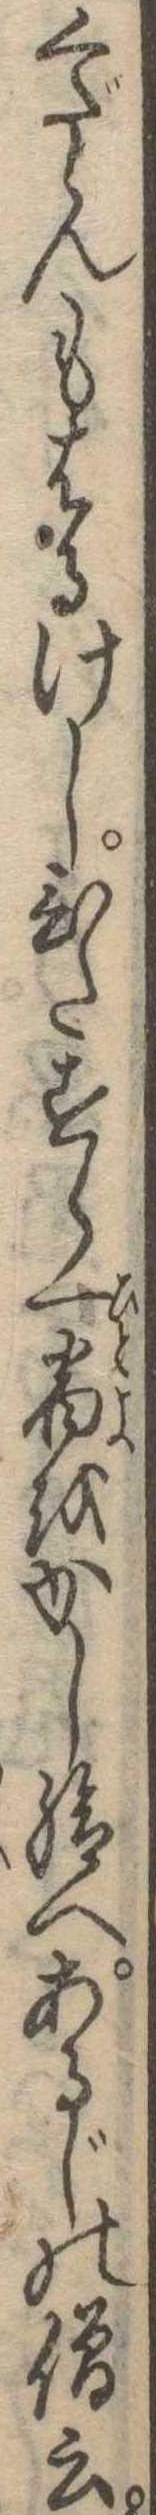
くだらんもはるけしひたすら一宿をかし給へあるじの僧云